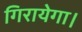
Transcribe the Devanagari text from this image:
गिरायेगा।